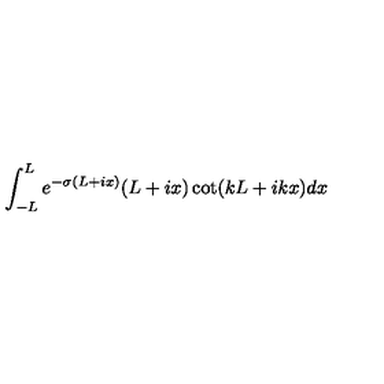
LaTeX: \int _ { - L } ^ { L } e ^ { - \sigma ( L + i x ) } ( L + i x ) \cot ( k L + i k x ) d x